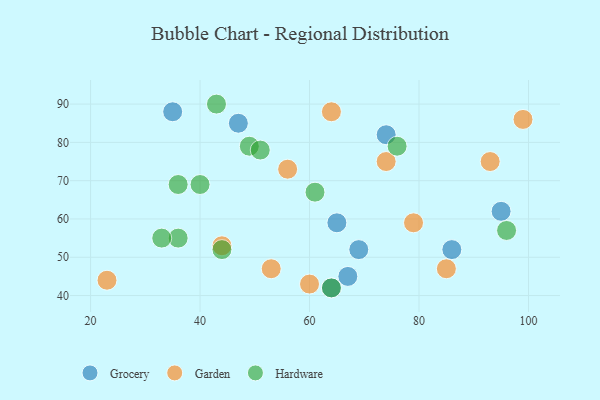
{"axis": {"x": "GDP", "y": "Life Expectancy"}, "legend": ["Garden", "Grocery", "Hardware"], "data": [{"x": "74", "y": 82, "type": "Grocery"}, {"x": "65", "y": 59, "type": "Grocery"}, {"x": "47", "y": 85, "type": "Grocery"}, {"x": "69", "y": 52, "type": "Grocery"}, {"x": "67", "y": 45, "type": "Grocery"}, {"x": "35", "y": 88, "type": "Grocery"}, {"x": "86", "y": 52, "type": "Grocery"}, {"x": "64", "y": 42, "type": "Grocery"}, {"x": "95", "y": 62, "type": "Grocery"}, {"x": "85", "y": 47, "type": "Garden"}, {"x": "56", "y": 73, "type": "Garden"}, {"x": "44", "y": 53, "type": "Garden"}, {"x": "99", "y": 86, "type": "Garden"}, {"x": "74", "y": 75, "type": "Garden"}, {"x": "23", "y": 44, "type": "Garden"}, {"x": "60", "y": 43, "type": "Garden"}, {"x": "53", "y": 47, "type": "Garden"}, {"x": "93", "y": 75, "type": "Garden"}, {"x": "79", "y": 59, "type": "Garden"}, {"x": "64", "y": 88, "type": "Garden"}, {"x": "36", "y": 69, "type": "Hardware"}, {"x": "61", "y": 67, "type": "Hardware"}, {"x": "40", "y": 69, "type": "Hardware"}, {"x": "49", "y": 79, "type": "Hardware"}, {"x": "44", "y": 52, "type": "Hardware"}, {"x": "43", "y": 90, "type": "Hardware"}, {"x": "96", "y": 57, "type": "Hardware"}, {"x": "36", "y": 55, "type": "Hardware"}, {"x": "76", "y": 79, "type": "Hardware"}, {"x": "33", "y": 55, "type": "Hardware"}, {"x": "51", "y": 78, "type": "Hardware"}, {"x": "64", "y": 42, "type": "Hardware"}]}